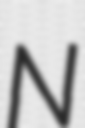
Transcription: N